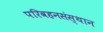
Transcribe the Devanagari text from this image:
परिवहनसंस्थान